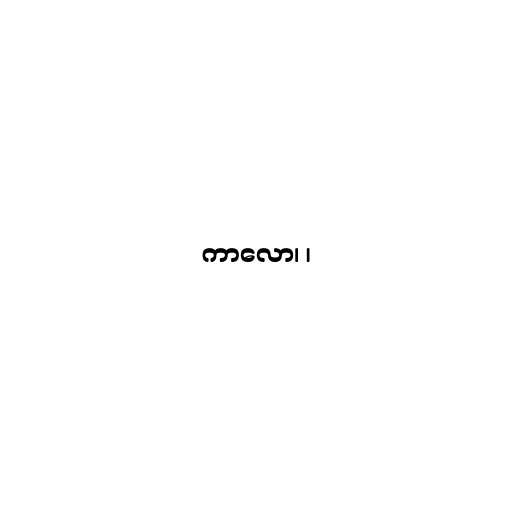
ကာလော၊ ၊